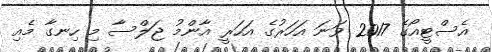
އެސްޓީއޯގެ 2017 ވަނަ އަހަރުގެ އަހަރީ އާންމު ޖަލްސާ މި ހިނގާ މެއި